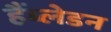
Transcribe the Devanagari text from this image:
हैंब्लेडन